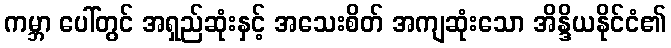
ကမ္ဘာ ပေါ်တွင် အရှည်ဆုံးနှင့် အသေးစိတ် အကျဆုံးသော အိန္ဒိယနိုင်ငံ၏